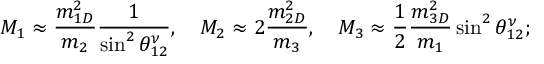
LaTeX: M _ { 1 } \approx \frac { m _ { 1 D } ^ { 2 } } { m _ { 2 } } \frac { 1 } { \sin ^ { 2 } \theta _ { 1 2 } ^ { \nu } } , \ \ \ M _ { 2 } \approx \allowbreak 2 \frac { m _ { 2 D } ^ { 2 } } { m _ { 3 } } , \ \ \ M _ { 3 } \approx \frac { 1 } { 2 } \frac { m _ { 3 D } ^ { 2 } } { m _ { 1 } } \sin ^ { 2 } \theta _ { 1 2 } ^ { \nu } ;